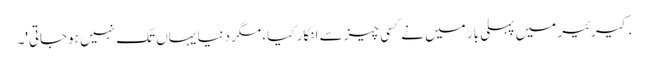
، کیرئیر میں پہلی بار میں نے کسی چیز سے انکار کیا، مگر دنیا یہاں تک نہیں ہوجاتی'۔